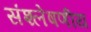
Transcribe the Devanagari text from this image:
संश्लेषणीय